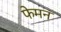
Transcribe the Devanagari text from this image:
फेमन